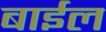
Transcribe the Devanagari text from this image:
बाईल